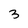
Character: 3